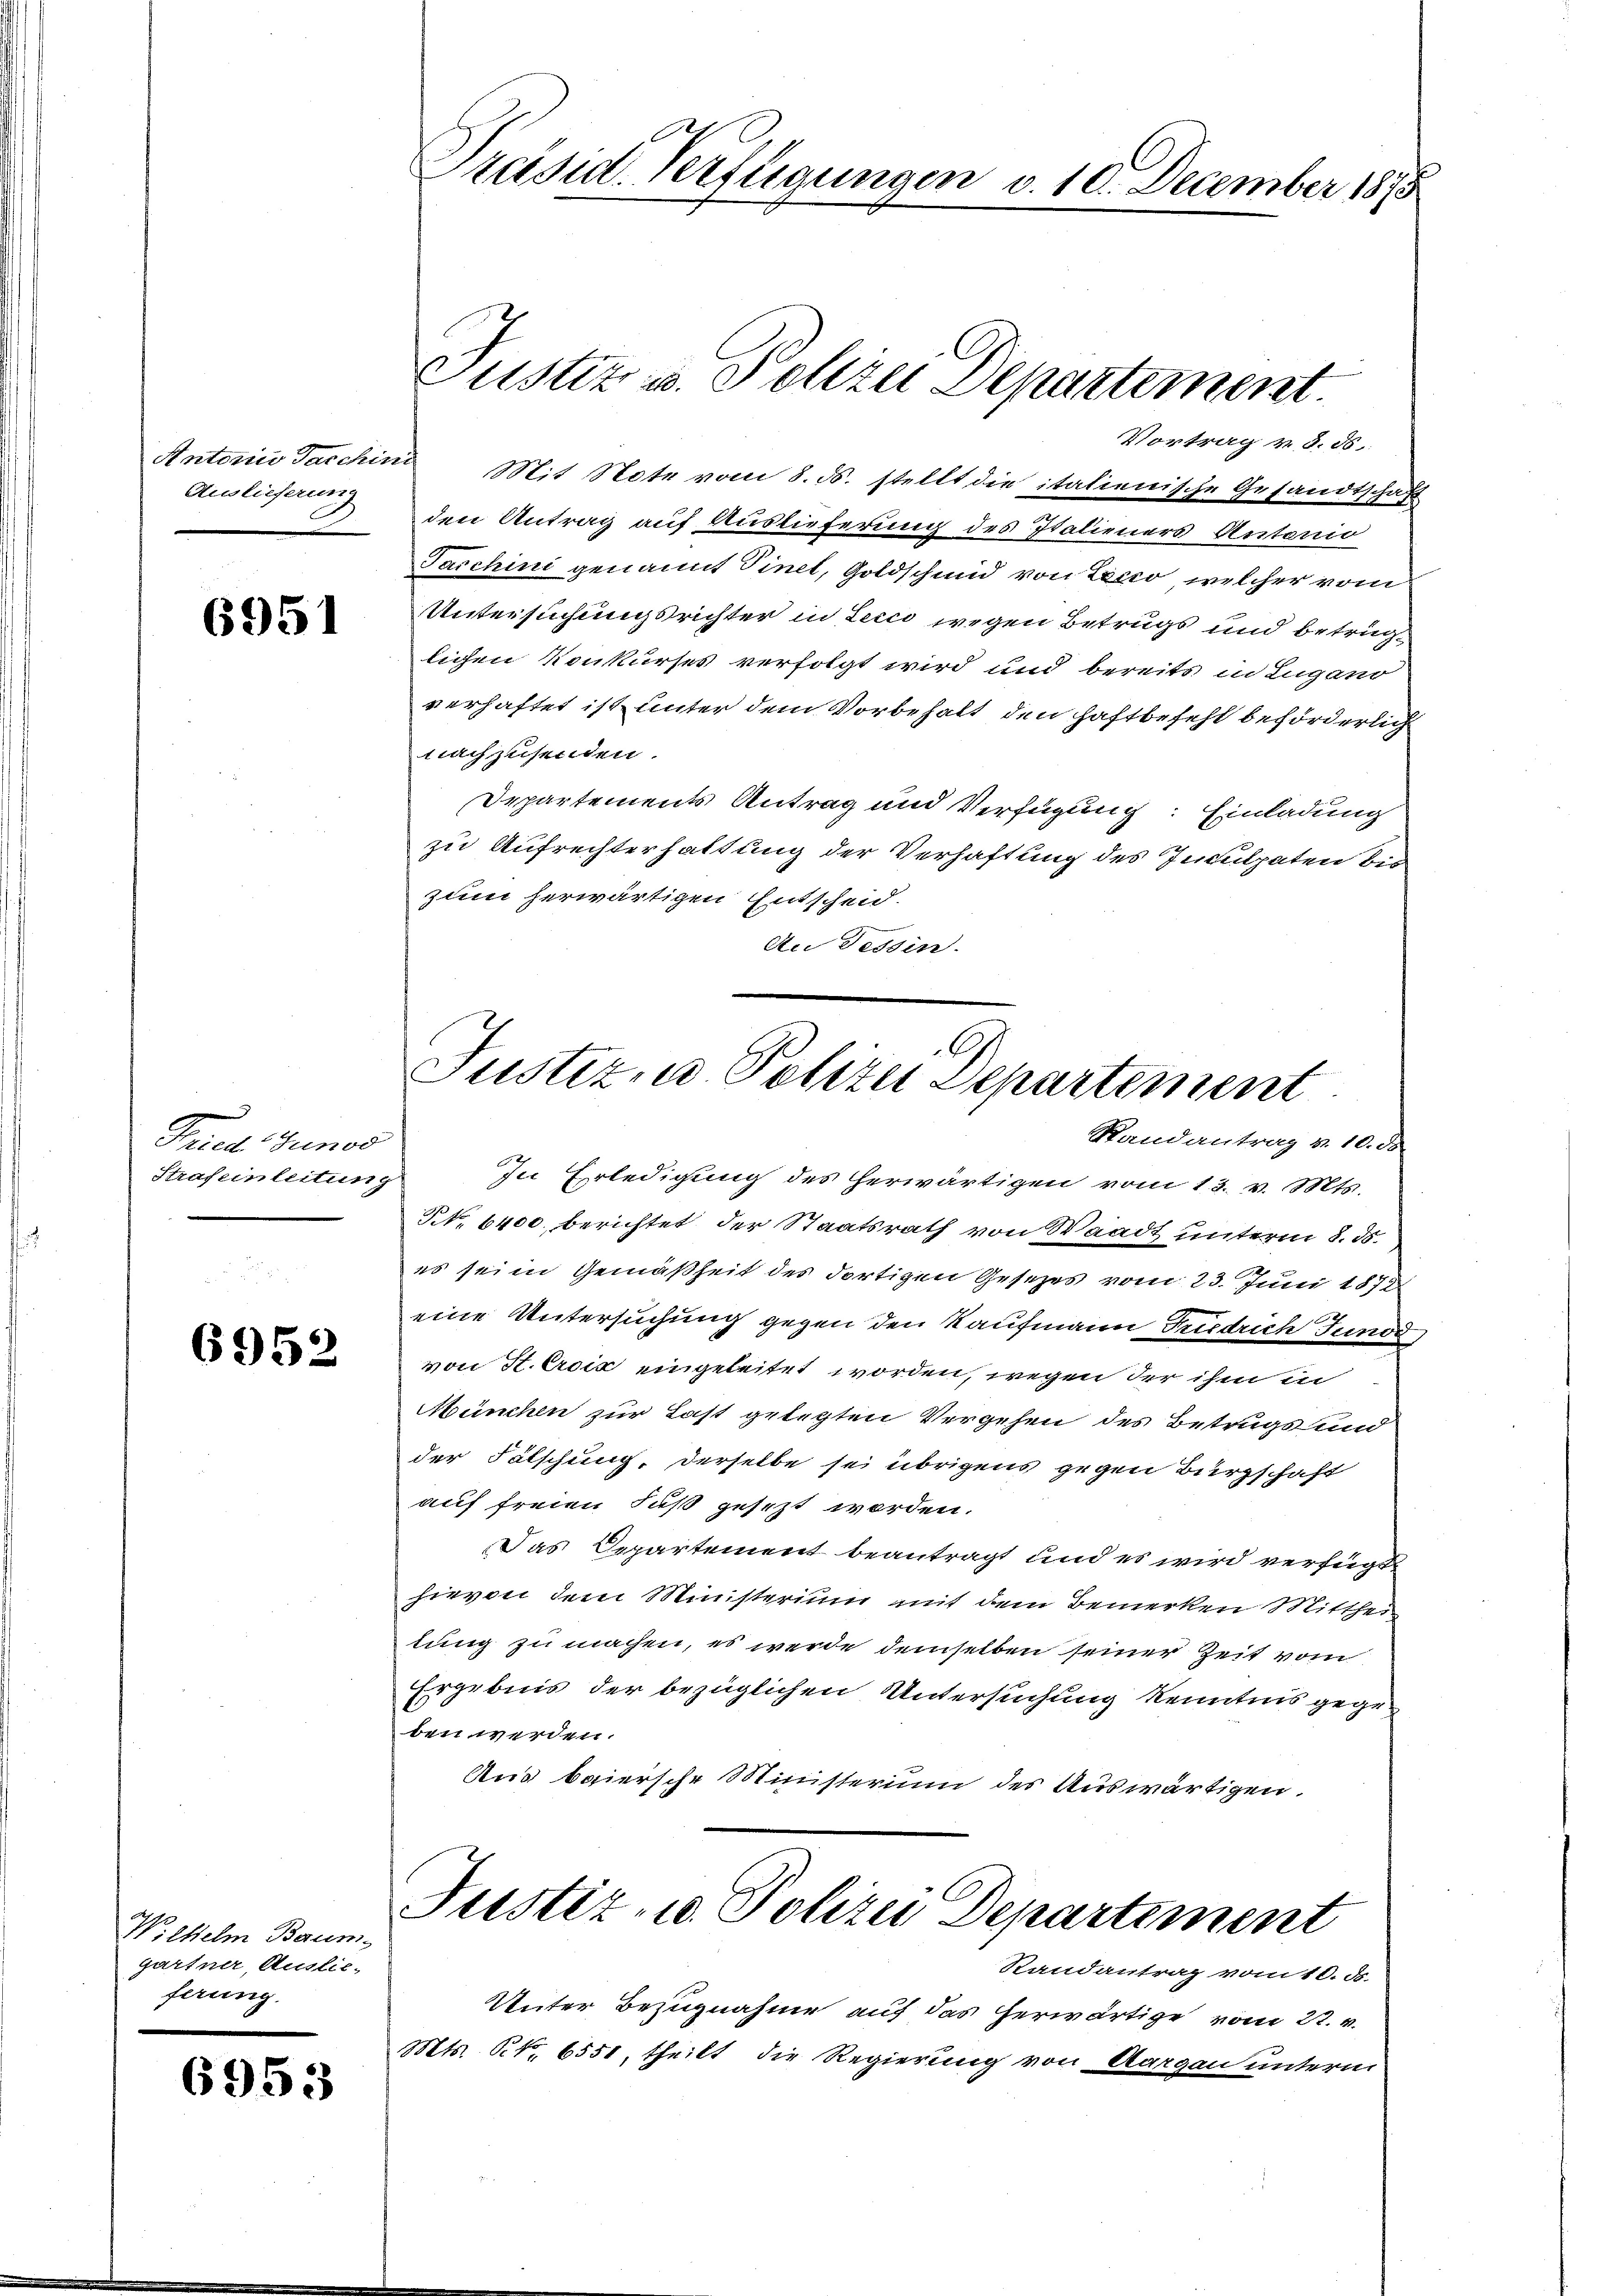
Antoria Taschini
Auslieferung

6951

Prud Gunst
Straf einleitung

6952

Wilhelm Baum
gartner, Auslie-
ferung.

6953

Präsid-Verfügungen v. 10. December 1875

Vortrag v. 3. ds.
Mit Note vom 8. ds. stellt die italienische Gesandtschaft
den Antrag auf Auslieferung des Italieners Antonio
Taschini genannt Pinet, Goldschmid von Lecio, welcher vom
Untersuchungsrichter in Leici wegen Betrugs und betrüglichen Konkurses verfolgt wird und bereits in Lugano
verhaftet ist unter dem Vorbehalt den Haftbefehl beförderlich
nachzusenden.
Departements Antrag und Verfügung: Einladung
zu Aufrechterhaltung der Verhaftung des Inculpaten bei
zum herwärtigen Entscheid.
Au Tessin.
In Erledigung des herwärtigen vom 13. v. Mts.
NNo. 6400. berichtet der Staatsrath von Waadt unterm 8. ds.
es sei in Gemäßheit des dortigen Gesetzes vom 23. Juni 1872
eine Untersuchung gegen den Kaufmann Friedrich Junde
von St. Croix eingeleitet worden, wegen der ihm in
München zur Last gelegten Vergehen des Betrugs und
der Fälschung, derselbe sei übrigens gegen Bürgschaft
auf freien Fuß gesezt worden.
Das Departement beantragt und es wird verfügt
hievon dem Ministerium mit dem Bemerken Mitthei
lung zu machen, es werde demselben seiner Zeit vom
Ergebnis der bezüglichen Untersuchung kenntnis gege
ben werden.
Aus baiersche Ministerium des Auswärtigen.

Justiz u. Polizei Departement

Justiz- u. Polizei Departement
Randantrag v. 10. ds

Justiz - Polizei Departement
Randantrag vom 10. ds.

Unter Bezugnahme auf das herwärtige vom 22. v.
Mts. S. 6551, theilt die Regierung von Aargau unterm